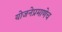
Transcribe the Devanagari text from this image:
योजनेप्रमाणेच